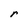
Character: r